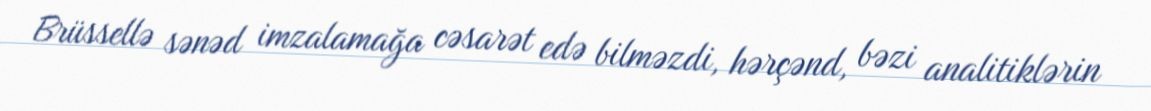
Brüssellə sənəd imzalamağa cəsarət edə bilməzdi, hərçənd, bəzi analitiklərin